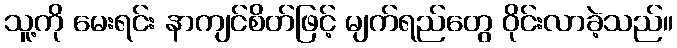
သူ့ကို မေးရင်း နာကျင်စိတ်ဖြင့် မျက်ရည်တွေ ဝိုင်းလာခဲ့သည်။